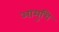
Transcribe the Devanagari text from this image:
आमुचि